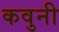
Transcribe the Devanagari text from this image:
कवुनी